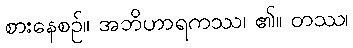
စားနေစဉ်။ အဘိဟာရကဿ၊ ၏။ တဿ၊